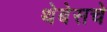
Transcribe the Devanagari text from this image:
थेबेसचे